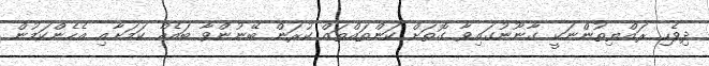
ދިވެހި ރައްޔިތުންނަކީ ގާނޫނުގައިވާ ގޮތަށް ކަންތައްތައް ކުރަން ބޭނުންވާ ބައެއް ކަމަށާއި އެހެންކަމުން